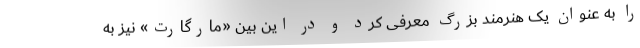
را به عنوان یک هنرمند بزرگ معرفی کرد و در این بین «مارگارت» نیز به